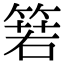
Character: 箬